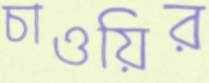
চাওয়ির